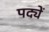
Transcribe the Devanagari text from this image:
पद्यें